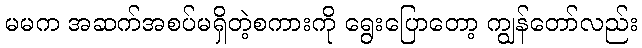
မမက အဆက်အစပ်မရှိတဲ့စကားကို ရွေးပြောတော့ ကျွန်တော်လည်း